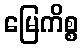
မြေကိစ္စ